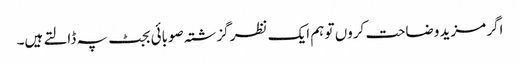
اگر مزید وضاحت کروں تو ہم ایک نظر گزشتہ صوبائی بجٹ پہ ڈالتے ہیں۔